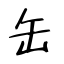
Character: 缶